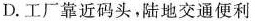
D.工厂靠近码头，陆地交通便利